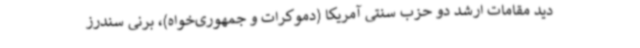
دید مقامات ارشد دو حزب سنتی آمریکا (دموکرات و جمهوری‌خواه)، برنی سندرز